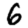
Digit: 6